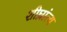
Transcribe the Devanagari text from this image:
शीघ्रांत्य